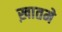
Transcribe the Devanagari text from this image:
ख़ातमे